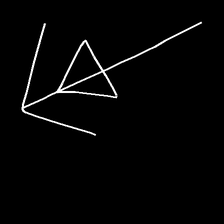
Glyph: pull